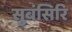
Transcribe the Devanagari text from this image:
सुबंसिरि